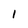
Character: 1